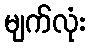
မျက်လုံး